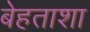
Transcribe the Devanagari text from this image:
बेहताशा